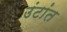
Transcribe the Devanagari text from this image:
उंटांत